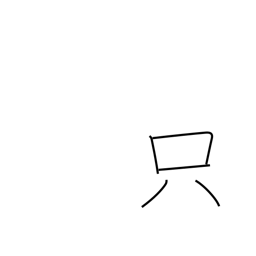
Meaning: free